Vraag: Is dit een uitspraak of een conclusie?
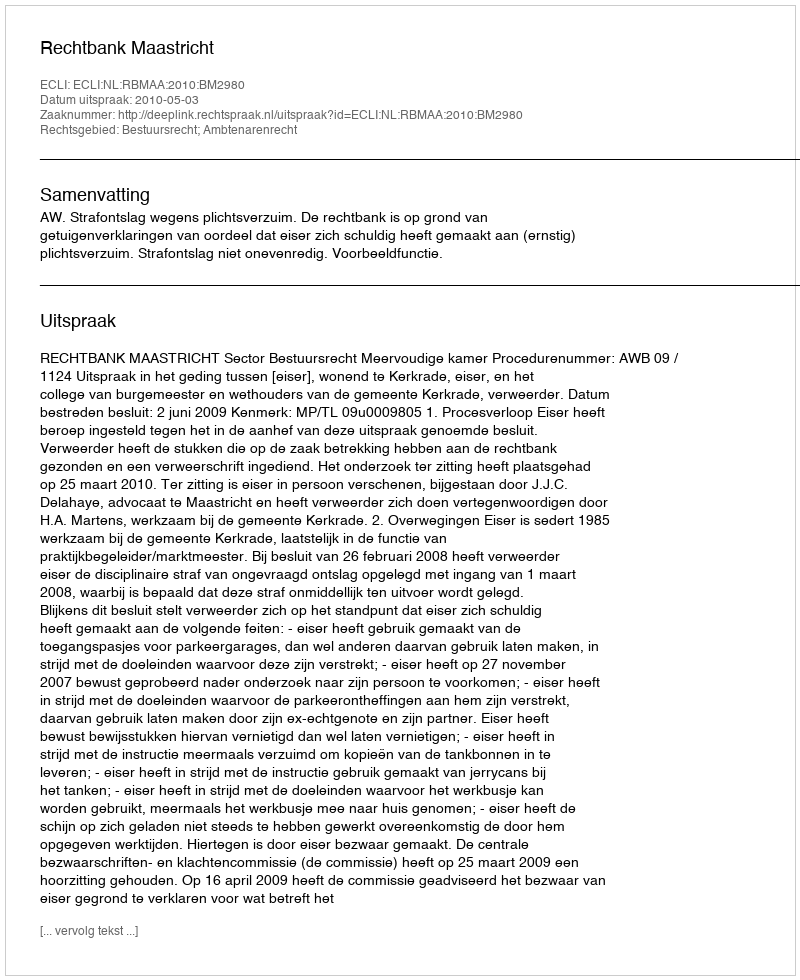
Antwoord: Uitspraak